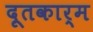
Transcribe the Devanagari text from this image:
दूतकार्म